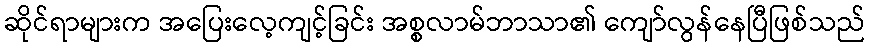
ဆိုင်ရာများက အပြေးလေ့ကျင့်ခြင်း အစ္စလာမ်ဘာသာ၏ ကျော်လွန်နေပြီဖြစ်သည်